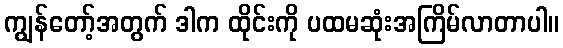
ကျွန်တော့်အတွက် ဒါက ထိုင်းကို ပထမဆုံးအကြိမ်လာတာပါ။